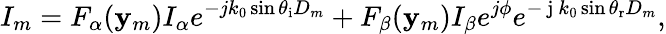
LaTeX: I_{m}=F_{\alpha}(\mathbf{y}_{m})I_{\alpha}e^{-jk_{0}\sin\theta_{\mathrm{{i}}}D_{m}}+F_{\beta}(\mathbf{y}_{m})I_{\beta}e^{j\phi}e^{-\mathrm{{~j~}}k_{0}\sin\theta_{\mathrm{{r}}}D_{m}},